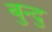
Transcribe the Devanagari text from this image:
बुन्दु